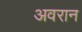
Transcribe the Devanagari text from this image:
अवरान